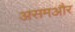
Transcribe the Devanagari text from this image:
असमऔर